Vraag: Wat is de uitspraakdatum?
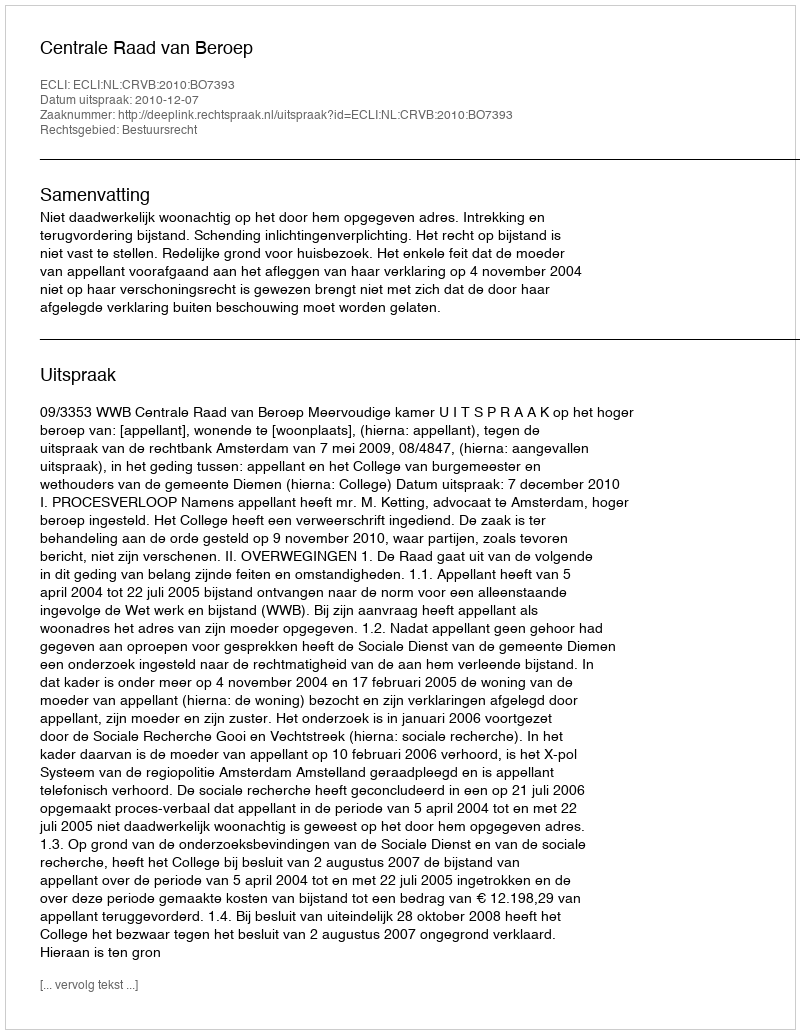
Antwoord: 2010-12-07